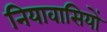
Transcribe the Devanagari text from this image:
नियावासियों